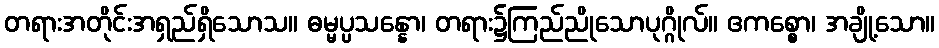
တရားအတိုင်းအရှည်ရှိသောသ။ ဓမ္မပ္ပသန္နော၊ တရား၌ကြည်ညိုသောပုဂ္ဂိုလ်။ ဧကစ္စော၊ အချို့သော။